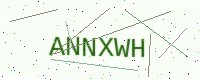
Text: ANNXWH